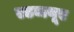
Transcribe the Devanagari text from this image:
एडब्ल्यूए